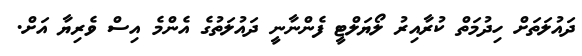
ދައުލަތަށް ހިދުމަތް ކުރާއިރު ލޯޔަލްޓީ ފެންނާނީ ދައުލަތުގެ އެންމެ އިސް ވެރިޔާ އަށް.